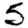
Digit: 5